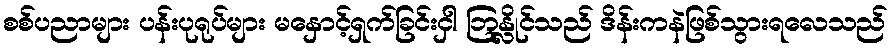
စစ်ပညာများ ပန်းပုရုပ်များ မနှောင့်ရှက်ခြင်းငှါ ဘြန္လိုင်သည် ဒိန်းကနဲဖြစ်သွားရလေသည်